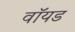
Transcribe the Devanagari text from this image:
वॉयड